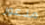
مذعور